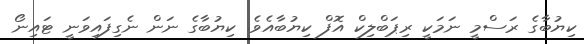
ކިޔުބާގެ ރަސްމީ ނަމަކީ ރިޕަބްލިކް އޮފް ކިޔުބާއެވެ. ކިޔުބާގެ ނަން ނެގިފައިވަނީ ޓައިނޯ